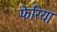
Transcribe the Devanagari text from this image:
फेरिया